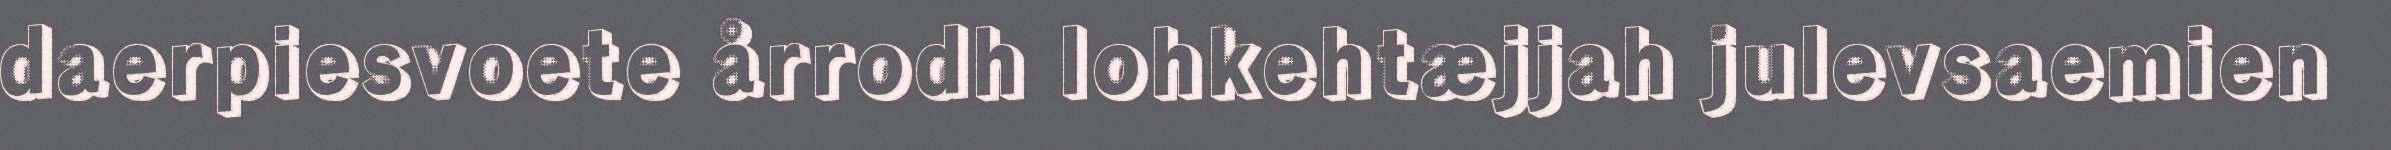
daerpiesvoete årrodh lohkehtæjjah julevsaemien